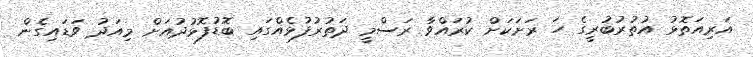
އަރިއަތޮޅު އުތުރުބުރީގެ ހަ ރަށަކަށް ކުރައްވާ ރަސްމީ ދަތުރުފުޅެއްގައި ބޮޑުފޮޅުދުއަށް މިއަދު ވަޑައިގެން